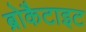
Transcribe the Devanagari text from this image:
ब्रोकैटाइट